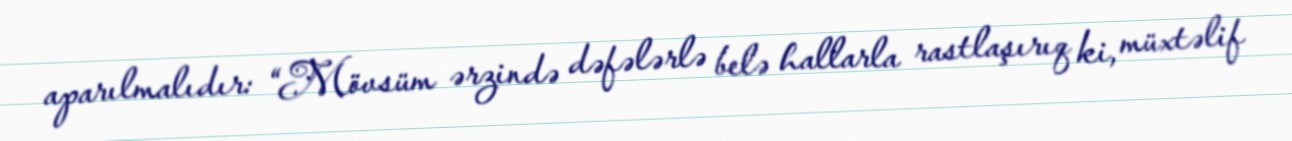
aparılmalıdır: “Mövsüm ərzində dəfələrlə belə hallarla rastlaşırıq ki, müxtəlif